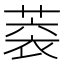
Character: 𦶧